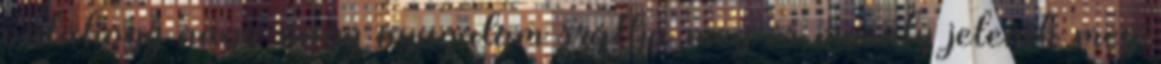
valahogy nagy-nagy nyugalom szállja meg és mosoly jelenik meg